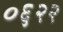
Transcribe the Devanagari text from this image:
०६२२